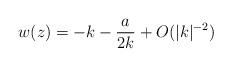
LaTeX: \begin{align*}w(z) = - k - \frac{a}{2k} + O(\lvert k\rvert^{-2})\end{align*}